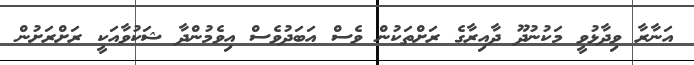
އަނާރާ ވިދާޅުވީ މަކުނުދޫ ދާއިރާގެ ރަށްތަކުން ވެސް އަބަދުވެސް އިވެމުންދާ ޝަކުވާއަކީ ރަށްރަށުން